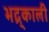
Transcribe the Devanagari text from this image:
भद्र्काली